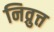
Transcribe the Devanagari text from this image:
निव्रुत्त